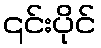
၎င်းပိုင်